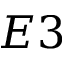
E 3